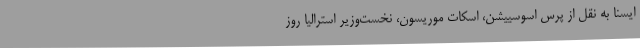
ایسنا به نقل از پرس اسوسییشن، اسکات موریسون، نخست‌وزیر استرالیا روز